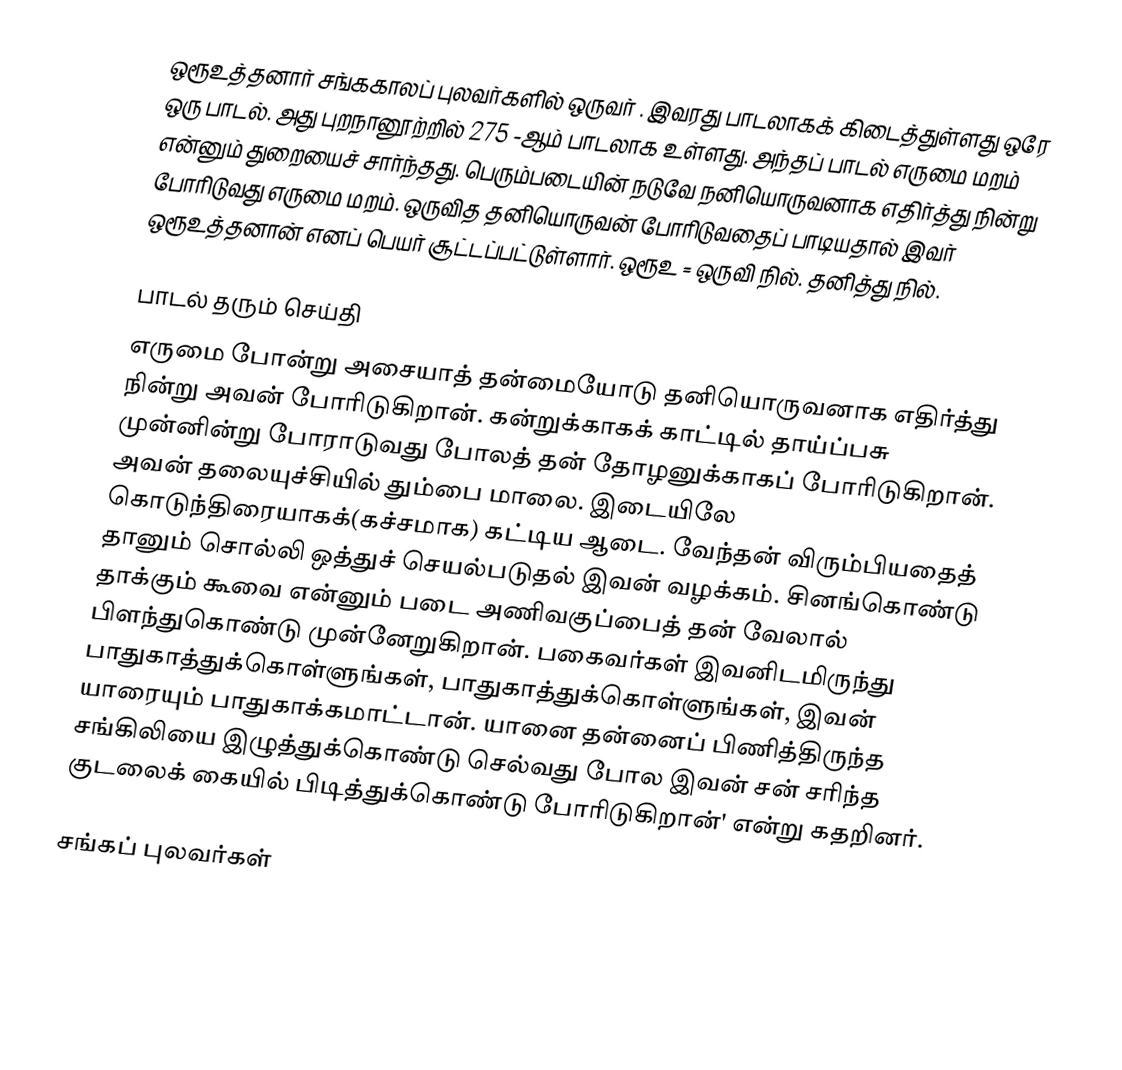
ஒரூஉத்தனார் சங்ககாலப் புலவர்களில் ஒருவர் . இவரது பாடலாகக் கிடைத்துள்ளது ஒரே ஒரு பாடல். அது புறநானூற்றில் 275 -ஆம் பாடலாக உள்ளது. அந்தப் பாடல் எருமை மறம் என்னும் துறையைச் சார்ந்தது. பெரும்படையின் நடுவே நனியொருவனாக எதிர்த்து நின்று போரிடுவது எருமை மறம். ஒருவித  தனியொருவன் போரிடுவதைப் பாடியதால் இவர் ஒரூஉத்தனான் எனப் பெயர் சூட்டப்பட்டுள்ளார். ஒரூஉ = ஒருவி நில். தனித்து நில்.

பாடல் தரும் செய்தி
எருமை போன்று அசையாத் தன்மையோடு தனியொருவனாக எதிர்த்து நின்று அவன் போரிடுகிறான். கன்றுக்காகக் காட்டில் தாய்ப்பசு முன்னின்று போராடுவது போலத் தன் தோழனுக்காகப் போரிடுகிறான். அவன் தலையுச்சியில் தும்பை மாலை. இடையிலே கொடுந்திரையாகக்(கச்சமாக) கட்டிய ஆடை. வேந்தன் விரும்பியதைத் தானும் சொல்லி ஒத்துச் செயல்படுதல் இவன் வழக்கம். சினங்கொண்டு தாக்கும் கூவை என்னும் படை அணிவகுப்பைத் தன் வேலால் பிளந்துகொண்டு முன்னேறுகிறான். பகைவர்கள்  இவனிடமிருந்து பாதுகாத்துக்கொள்ளுங்கள், பாதுகாத்துக்கொள்ளுங்கள், இவன் யாரையும் பாதுகாக்கமாட்டான். யானை தன்னைப் பிணித்திருந்த சங்கிலியை இழுத்துக்கொண்டு செல்வது போல இவன் சன் சரிந்த குடலைக் கையில் பிடித்துக்கொண்டு போரிடுகிறான்' என்று கதறினர்.

சங்கப் புலவர்கள்